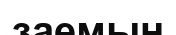
заемын